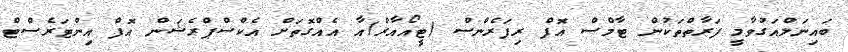
ބައިނަލްއަގުވާމީ ފަރާތްތަކުން ޓާމްސް އޮފް ރިފަރެންސް (ޓީއޯއާރް)އާ އެއްގޮތަށް އެކްސްޕްރެޝަން އޮފް އިންޓަރެސްޓް